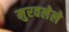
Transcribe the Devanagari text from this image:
मुरवलेले